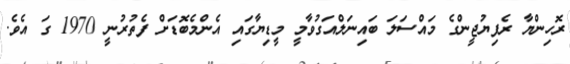
ރޮހިންޔާ ރެފިޔުޖީންގެ މައްސަލަ ބައިނަލްއަގުވާމީ މީޑިޔާގައި އެންމެބޮޑަށް ފެތުރުނީ 1970 ގަ އެވެ.